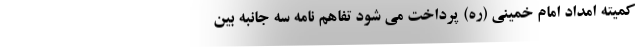
کمیته امداد امام خمینی (ره) پرداخت می شود تفاهم نامه سه جانبه بین